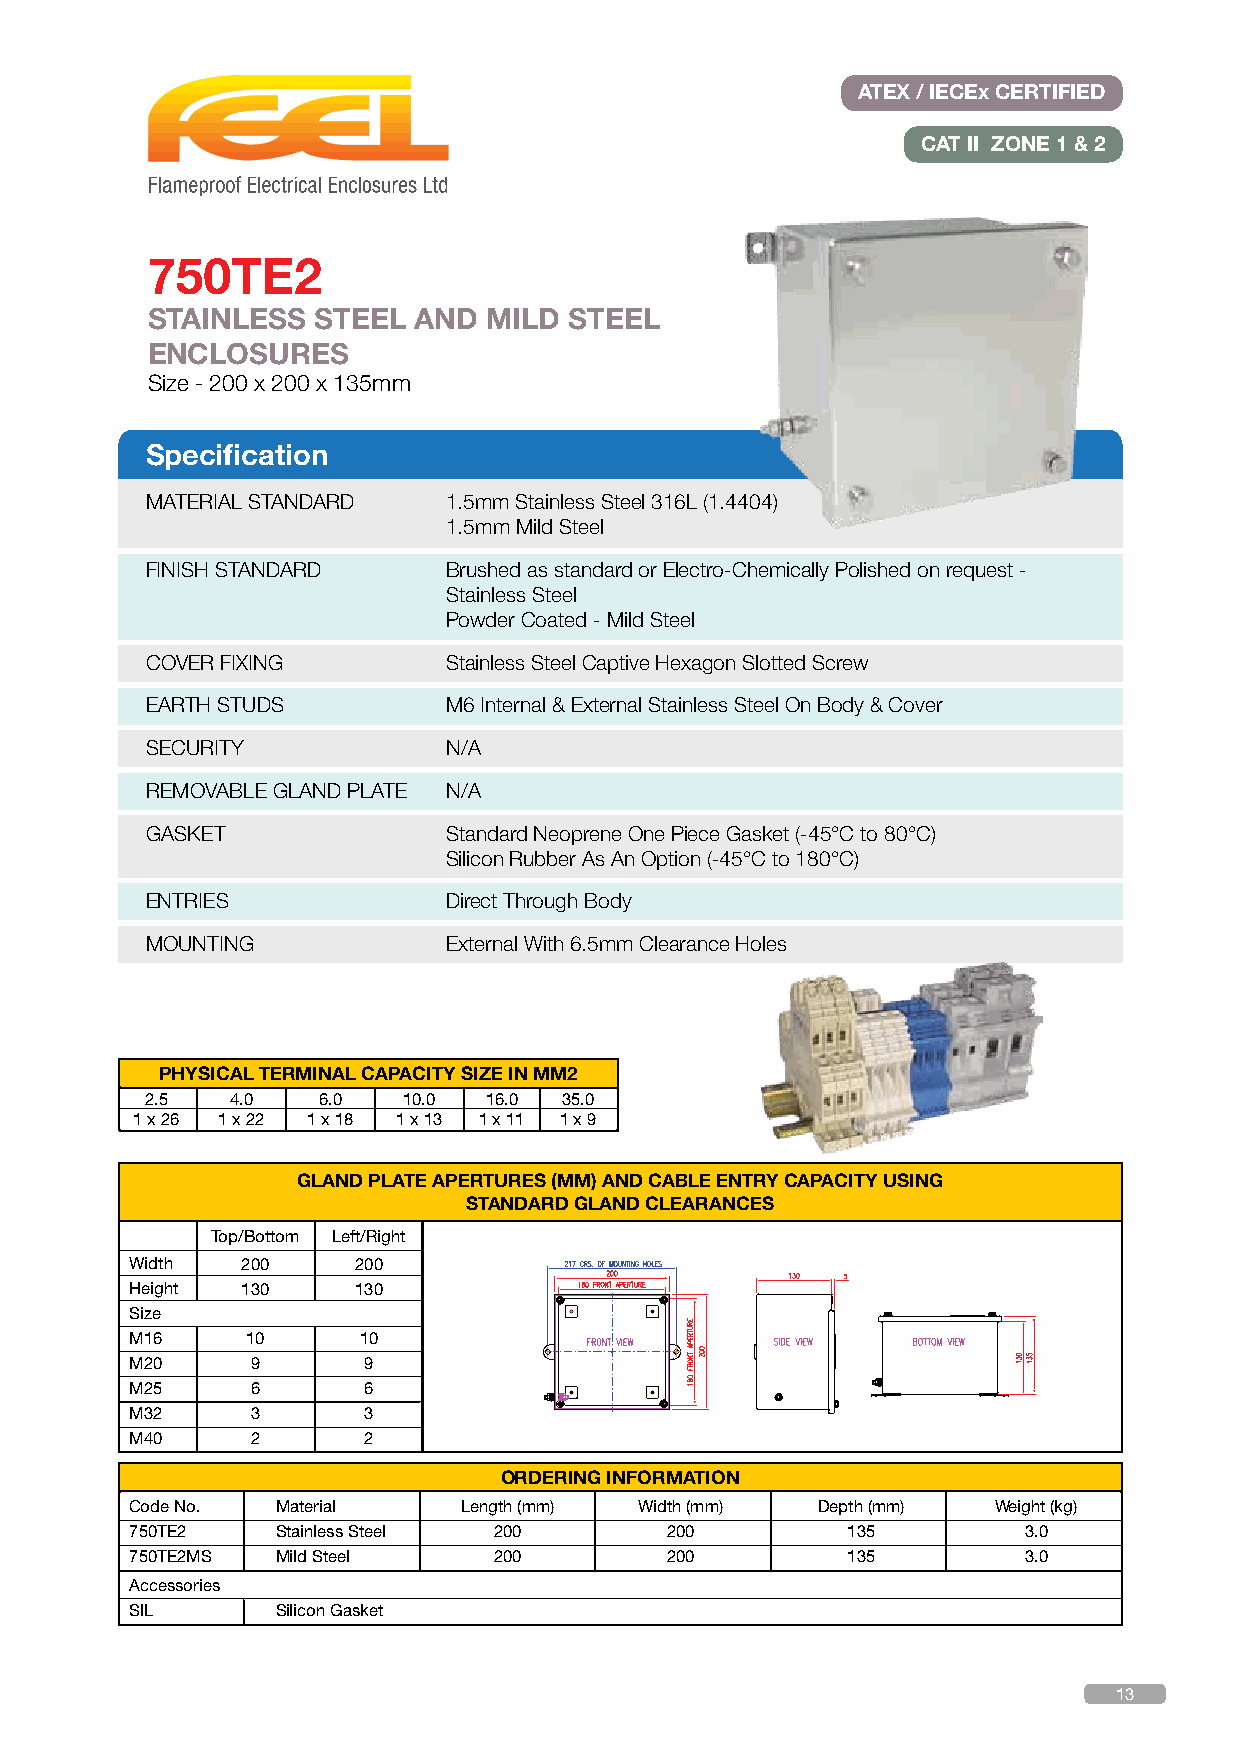
ATEX / IECEx CERTIFIED
 CAT II ZONE 1 & 2
 750TE2
 STAINLESS  STEEL AND  MILD  STEEL
 ENCLOSURES
 Size - 200 x 200 x 135mm
 Specification
 MATERIAL STANDARD   1.5mm Stainless Steel 316L (1.4404)
 1.5mm Mild Steel
 FINISH STANDARD     Brushed as standard or Electro-Chemically Polished on request -
 Stainless Steel
 Powder Coated - Mild Steel
 COVER FIXING        Stainless Steel Captive Hexagon Slotted Screw
 EARTH STUDS         M6 Internal & External Stainless Steel On Body & Cover
 SECURITY            N/A
 REMOVABLE GLAND PLATE N/A
 GASKET              Standard Neoprene One Piece Gasket (-45°C to 80°C)
 Silicon Rubber As An Option (-45°C to 180°C)
 ENTRIES             Direct Through Body
 MOUNTING            External With 6.5mm Clearance Holes
 PHYSICAL TERMINAL CAPACITY SIZE IN MM2
 2.5  4.0   6.0   10.0 16.0 35.0
 1 x 26 1 x 22 1 x 18 1 x 13 1 x 11 1 x 9
 GLAND PLATE APERTURES (MM) AND CABLE ENTRY CAPACITY USING
 STANDARD GLAND CLEARANCES
 Top/Bottom Left/Right
 Width  200    200
 Height 130    130
 Size
 M16    10      10
 M20     9      9
 M25     6      6
 M32     3      3
 M40     2      2
 ORDERING INFORMATION
 Code No. Material     Length (mm) Width (mm) Depth (mm)  Weight (kg)
 750TE2   Stainless Steel 200       200         135         3.0
 750TE2MS Mild Steel     200        200         135         3.0
 Accessories
 SIL      Silicon Gasket
 13